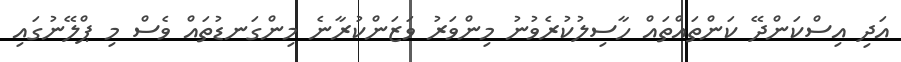
އަދި އިސްކަންދޭ ކަންތައްތައް ހާސިލުކުރެވުނު މިންވަރު ވަޒަންކުރާނެ މިންގަނޑުތައް ވެސް މި ޕްލޭނުގައި